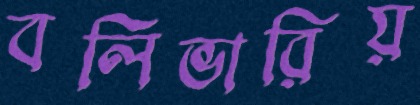
বলিভারিয়